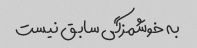
به خوشمزگی سابق نیست